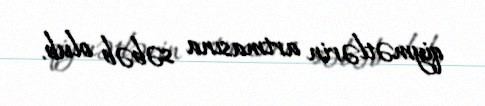
qiymətlərin artmasına səbəb olub.